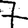
Digit: 7